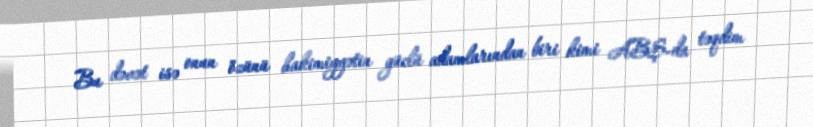
Bu dəvət isə onun özünü hakimiyyətin güclü adamlarından biri kimi ABŞ-da təqdim